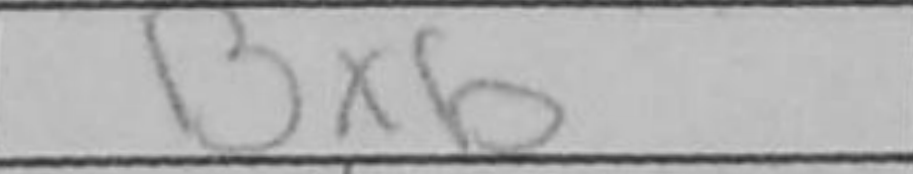
Transcription: Bxb